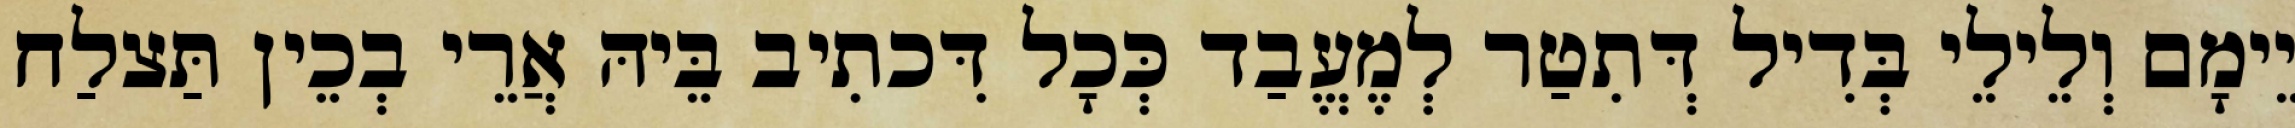
יֵימָם וְלֵילֵי בְּדִיל דְּתִטַר לְמֶעֱבַד כְּכָל דִּכתִיב בֵּיהּ אֲרֵי בְכֵין תַּצלַח